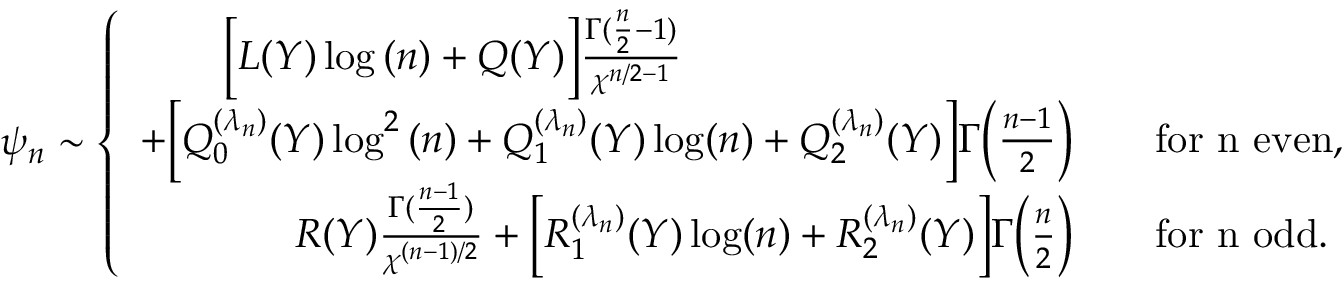
\psi _ { n } \sim \left\{ \begin{array} { r l } { \Big [ L ( Y ) \log { ( n ) } + Q ( Y ) \Big ] \frac { \Gamma ( \frac { n } { 2 } - 1 ) } { \chi ^ { n / 2 - 1 } } \qquad \qquad ~ ~ \qquad \qquad \quad } & { } \\ { + \Big [ Q _ { 0 } ^ { ( \lambda _ { n } ) } ( Y ) \log ^ { 2 } { ( n ) } + Q _ { 1 } ^ { ( \lambda _ { n } ) } ( Y ) \log ( n ) + Q _ { 2 } ^ { ( \lambda _ { n } ) } ( Y ) \Big ] \Gamma \Big ( \frac { n - 1 } { 2 } \Big ) } & { \quad \mathrm { f o r ~ n ~ e v e n } , } \\ { R ( Y ) \frac { \Gamma ( \frac { n - 1 } { 2 } ) } { \chi ^ { ( n - 1 ) / 2 } } + \Big [ R _ { 1 } ^ { ( \lambda _ { n } ) } ( Y ) \log ( n ) + R _ { 2 } ^ { ( \lambda _ { n } ) } ( Y ) \Big ] \Gamma \Big ( \frac { n } { 2 } \Big ) } & { \quad \mathrm { f o r ~ n ~ o d d } . } \end{array} \right.